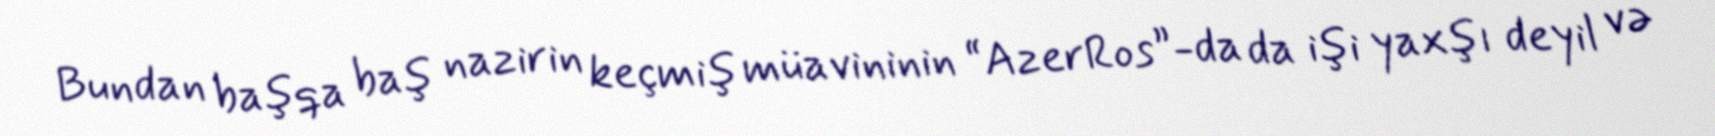
Bundan başqa baş nazirin keçmiş müavininin “AzerRos”-da da işi yaxşı deyil və